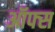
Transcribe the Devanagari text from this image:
ऑफ्स